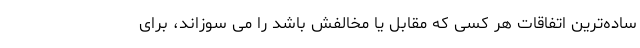
ساده‌ترین اتفاقات هر کسی که مقابل یا مخالفش باشد را می سوزاند، برای